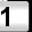
Digit: 1